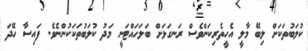
ކުލަބުތަކަށް ލިބޭ މާލީ އެހީތެރިކަންވެސް ރަނގަޅަށް ބަލަހައްޓަނީ މަދު ކުލަބުތަކަކުންނެވެ. ފައިސާ ހޭދަ